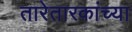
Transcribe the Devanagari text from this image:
तारेतारकांच्या